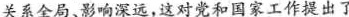
关系全局、影响深远，这对党和国家工作提出了